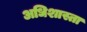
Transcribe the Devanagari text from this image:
अधिशास्ता